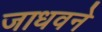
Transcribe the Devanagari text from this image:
जाधवने